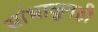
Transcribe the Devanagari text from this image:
सांभाळूनही